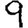
Digit: 9